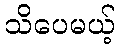
သိပေမယ့်